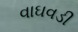
વાઘવડી